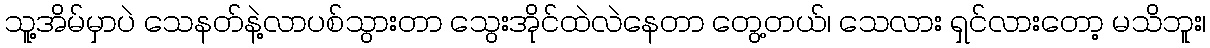
သူ့အိမ်မှာပဲ သေနတ်နဲ့လာပစ်သွားတာ သွေးအိုင်ထဲလဲနေတာ တွေ့တယ်၊ သေလား ရှင်လားတော့ မသိဘူး၊